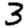
Digit: 3